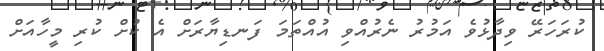
ކުރަހަރޭ ވިދާޅުވެ އަމުރު ނެރުއްވި އުއްތަމަ ފަނޑިޔާރަށް އެ ކުށް ކުރި މީހާއަށް